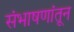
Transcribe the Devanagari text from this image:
संभाषणांतून